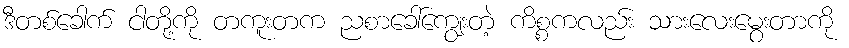
ဒီတစ်ခေါက် ငါတို့ကို တကူးတက ညစာခေါ်ကျွေးတဲ့ ကိစ္စကလည်း သားလေးမွေးတာကို